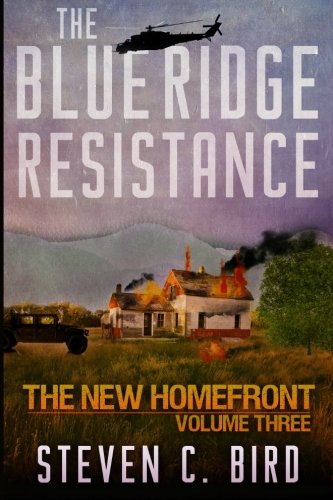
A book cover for The Blue Ridge Resistance: The New Homefront, Volume 3; Steven C. Bird; Science Fiction & Fantasy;